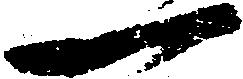
一